Scottish Leaving Certificate Examination, 1954
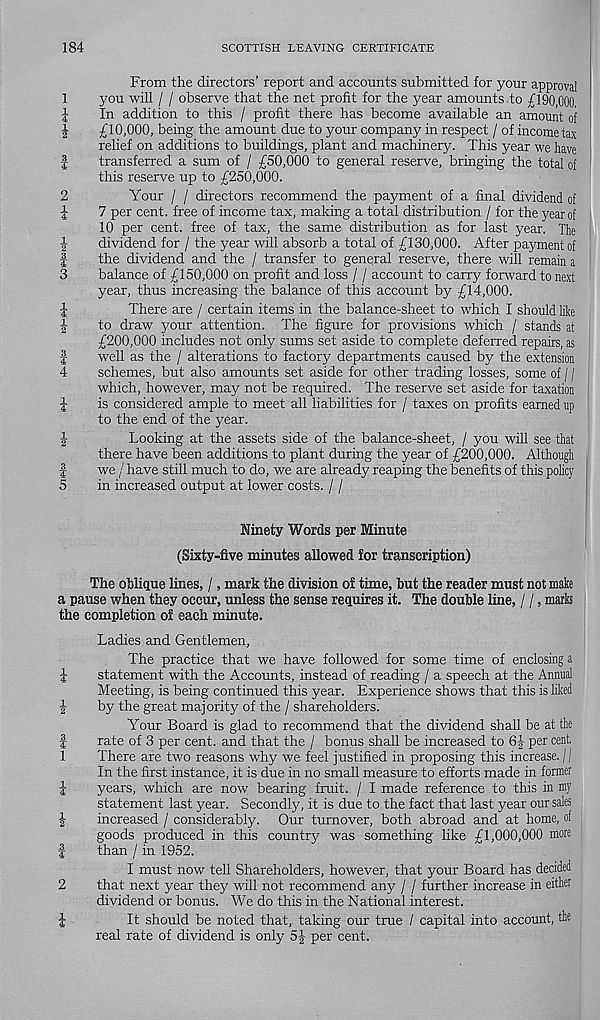
SCOTTISH LEAVING CERTIFICATE
From the directors’ report and accounts submitted for your approval
you will / / observe that the net profit for the year amounts do £190,000.
In addition to this / profit there has become available an amount of
£10,000, being the amount due to your company in respect / of income tax
relief on additions to buildings, plant and machinery. This year we have
transferred a sum of / £50,000 to general reserve, bringing the total of
this reserve up to £250,000.
Your / / directors recommend the payment of a final dividend of
7 per cent, free of income tax, making a total distribution / for the year of
10 per cent, free of tax, the same distribution as for last year. The
dividend for / the year will absorb a total of £130,000. After payment of
the dividend and the / transfer to general reserve, there will remain a
balance of £150,000 on profit and loss / / account to carry forward to next
year, thus increasing the balance of this account by £14,000.
There are / certain items in the balance-sheet to which I should like
to draw your attention. The figure for provisions which / stands at
£200,000 includes not only sums set aside to complete deferred repairs, as
well as the / alterations to factory departments caused by the extension
schemes, but also amounts set aside for other trading losses, some of j /
which, however, may not be required. The reserve set aside for taxation
is considered ample to meet all liabilities for / taxes on profits earned up
to the end of the year.
Looking at the assets side of the balance-sheet, / you will see that
there have been additions to plant during the year of £200,000. Although
we / have still much to do, we are already reaping the benefits of this policy
in increased output at lower costs. / /
Ninety Words per Minute
(Sixty-five minutes allowed for transcription)
The oblique lines, /, mark the division of time, but the reader must not make
a pause when they occur, unless the sense requires it. The double line, / /, marks
the completion of each minute.
Ladies and Gentlemen,
The practice that we have followed for some time of enclosing a
i
statement with the Accounts, instead of reading / a speech at the Annual
Meeting, is being continued this year. Experience shows that this is liked
J
by the great majority of the / shareholders.
Your Board is glad to recommend that the dividend shall be at the
|
rate of 3 per cent, and that the / bonus shall be increased to 6|- per cent,
1
There are two reasons why we feel justified in proposing this increase. //
In the first instance, it is due in no small measure to efforts made in former
1
years, which are now bearing fruit. / I made reference to this in my
statement last year. Secondly, it is due to the fact that last year our sales
|
increased / considerably. Our turnover, both abroad and at home, of
goods produced in this country was something like £1,000,000 more
f
than / in 1952.
I must now tell Shareholders, however, that your Board has decided
2
that next year they will not recommend any / / further increase in either
dividend or bonus. We do this in the National interest.
£
It should be noted that, taking our true / capital into account, the
real rate of dividend is only 5J per cent.
184
1
i
i
2
1
1 2 3
I
3
i
1 2
3
I
4
i
1
2
4
5